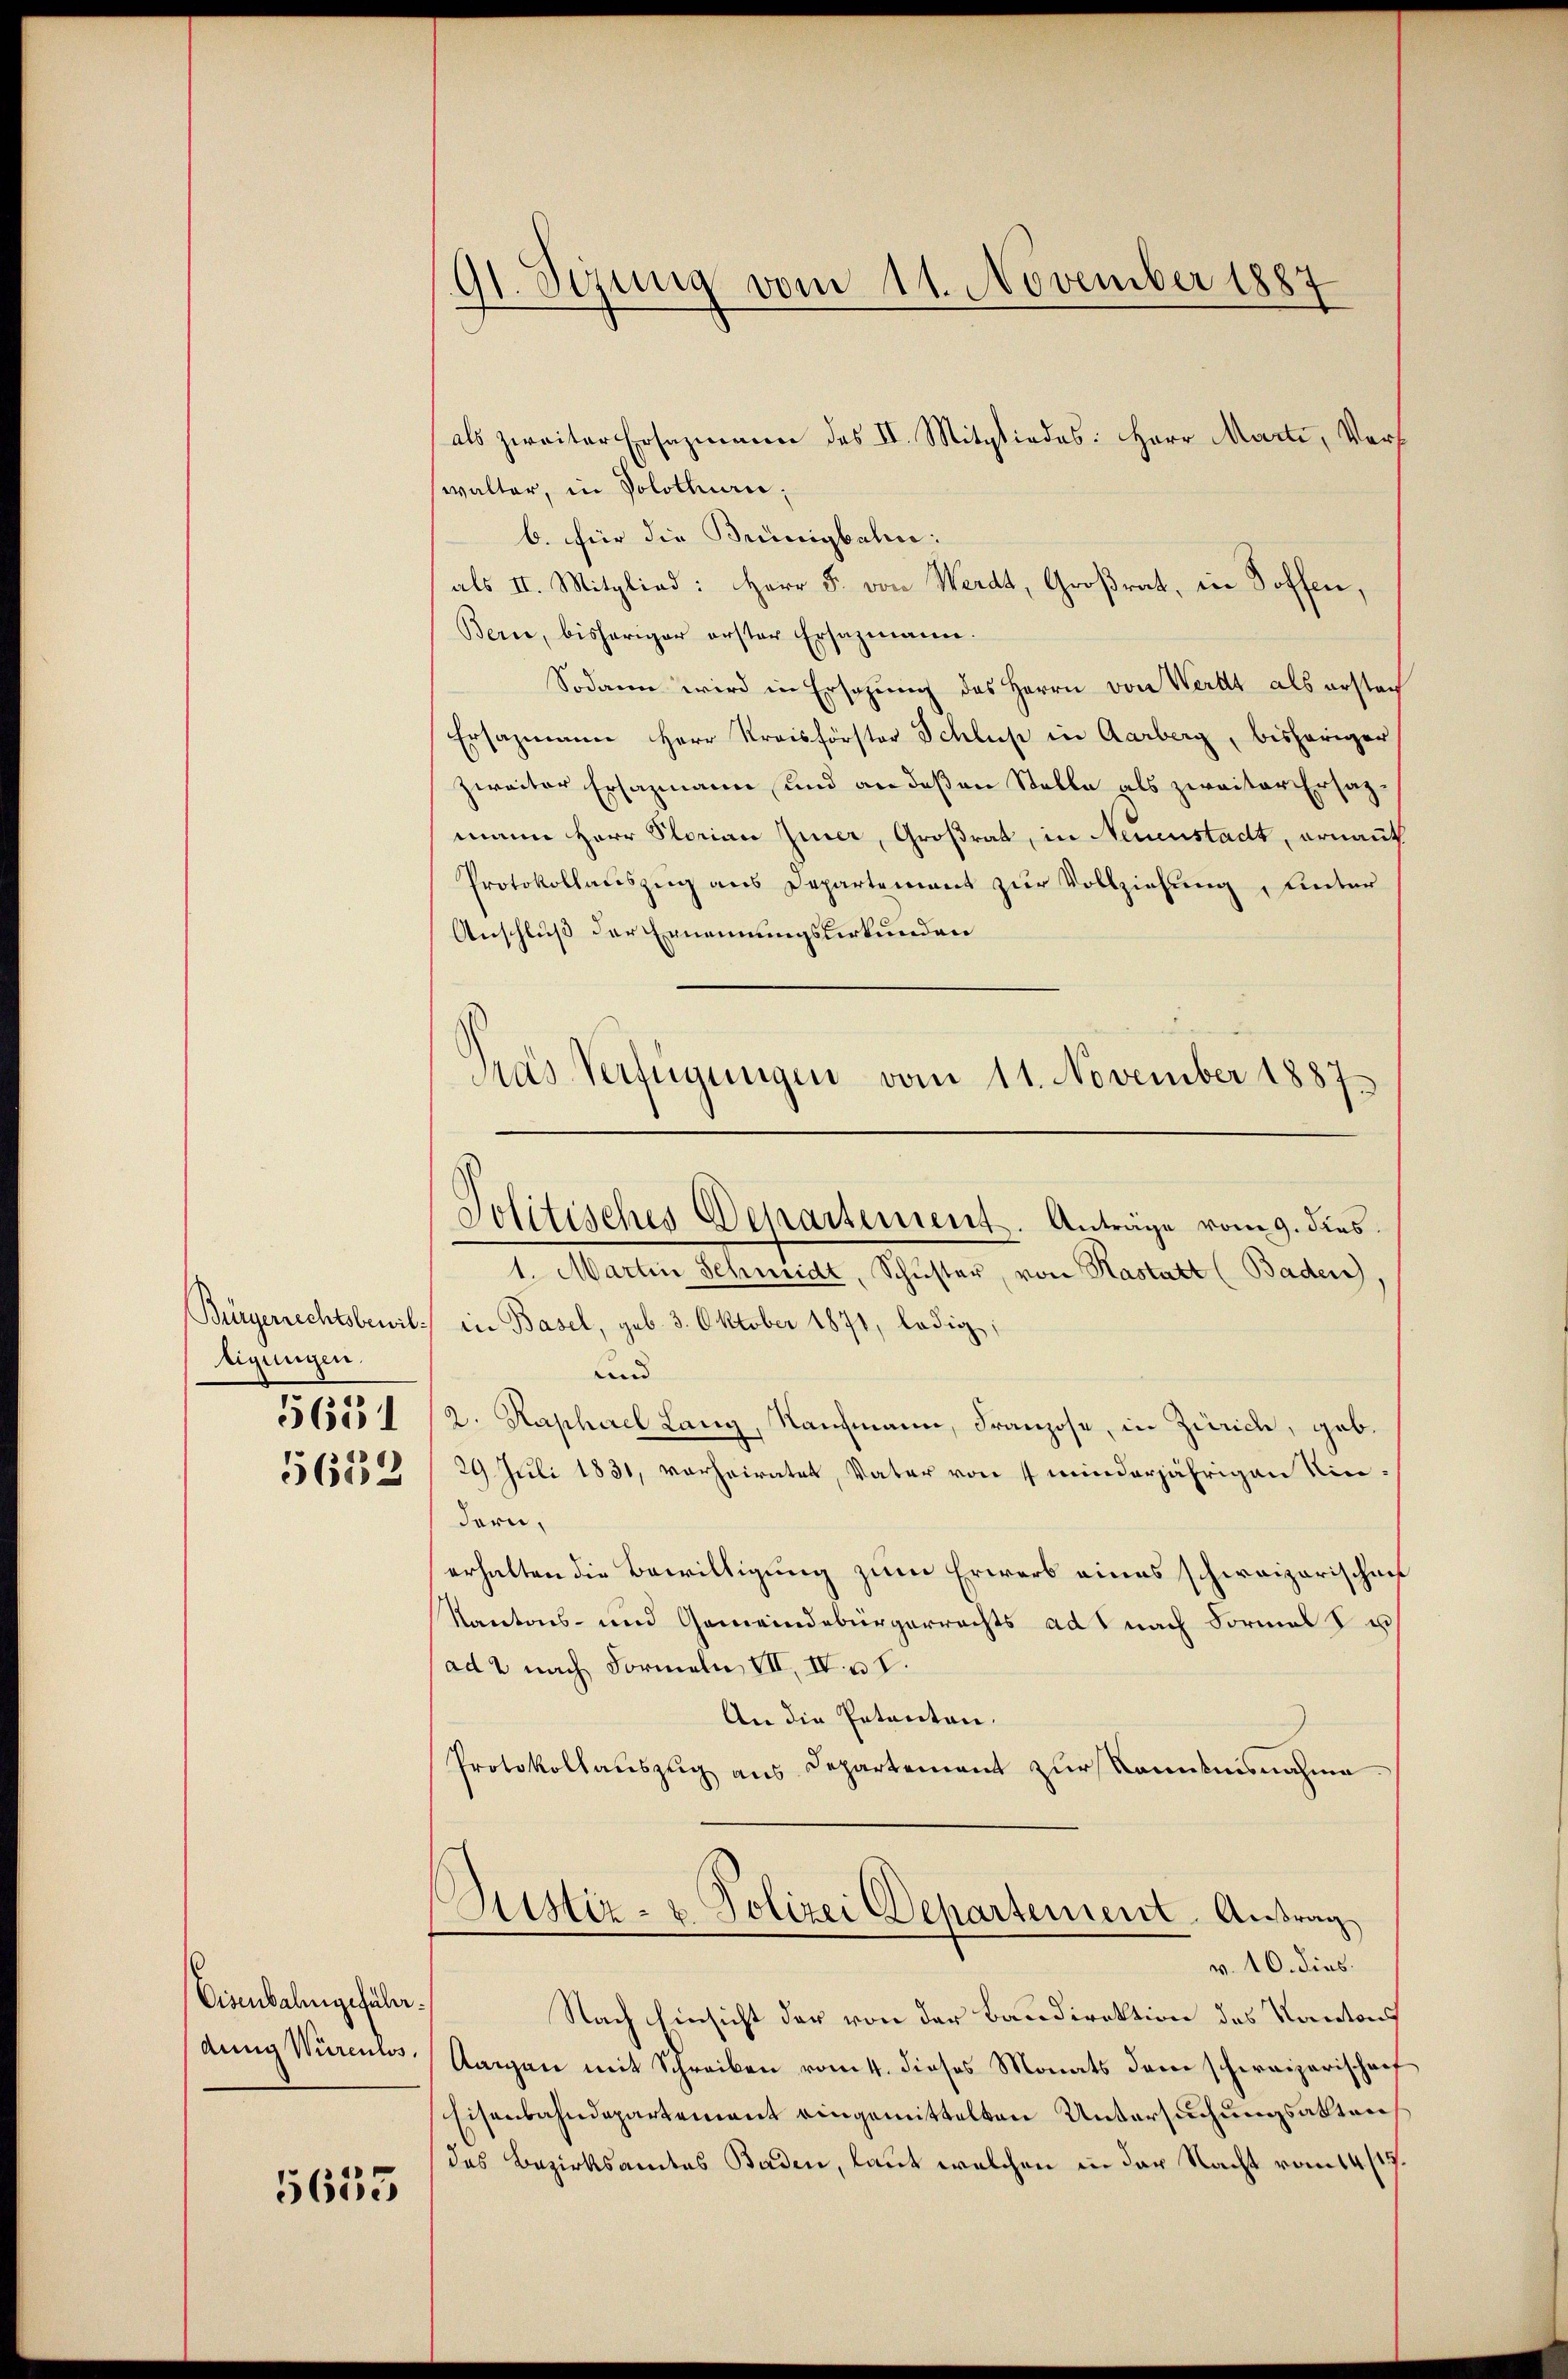
Bürgerrechtsbewiltigungen.
5651
5632

Eisenbahngeführ
dung Würenlos.

5633

91. Sezung vom 11. November 1887

als zweiter Ersazmann des II. Mitgliedes: Herr Marti, Verwalter, in Solothurn.
b. für die Brünigbahne:
als II. Mitglied: Herr F. von Werdt, Großrat, in Soffen,
Bern, bisheriger erster Ersazmann.
Sodann wird in Ersezung des Herrn von Wert als erstach
Ersazmann Herr Kreisförster Schluß in Aarberg, bisheriger
zweiter Ersazmann und an deßen Stelle als zweiter Ersatzmann Herr Slorian Zier, Großrat, in Neuenstadt, ernant
Protokollauszug aus Departement zur Vollziehung, unter
Anschluß der Ernennungsurkunden
1. Martin Schmidt, Schŭster, von Hastatt (Baden,
in Basel, geb. 3. Oktober 1871, ledig,
und
2. Kaphael Lang, Naufmann, Franzose, in Zürich, geb.
29 Juli 1831, verheiratet, Vater von 4 minderjährigen Kindern,
erhalten die Bewilligung zum Erwarb eines schweizerischen
Kantons- und Gemeindebürgerrechts ad nach Formals u
ad 2 nach Formeln VII, IV u. I.
An die Petenten.
Protokollauszug aus Departement zur Kenntnisnahme.
Justiz- u. Polizei Departement - Antrag
—
v. 10. dies.
Nach hinsicht der von der Baudirektion des Kantons
Aargau mit Schreiben vom 4. dieses Monats dem schereizerischrif
Eisenbahndepartement eingemittelten Untersuchungsaktens
das Bezirksamtes Baden, laut welchen in der Nacht vom 14/17.

Politisches Departement. Anträge vom 9. dies

Pras Verfügungen vom 11. November 1887